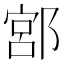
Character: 𨜳